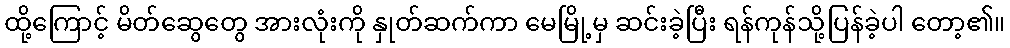
ထို့ကြောင့် မိတ်ဆွေတွေ အားလုံးကို နှုတ်ဆက်ကာ မေမြို့မှ ဆင်းခဲ့ပြီး ရန်ကုန်သို့ပြန်ခဲ့ပါ တော့၏။